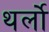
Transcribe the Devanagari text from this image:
थर्लो